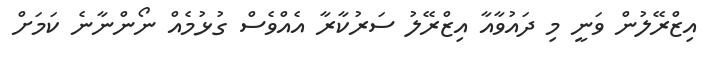
އިޒްރޭލުން ވަނީ މި ދައުވާއާ އިޒްރޭލު ސަރުކާރާ އެއްވެސް ގުޅުމެއް ނޯންނާނެ ކަމަށް